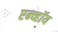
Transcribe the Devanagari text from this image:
एन्व्हॉय